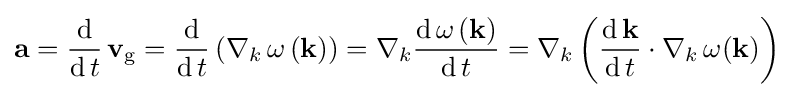
\mathbf {a} ={\frac {\operatorname {d} }{\operatorname {d} t}}\,\mathbf {v} _{\text{g}}={\frac {\operatorname {d} }{\operatorname {d} t}}\left(\nabla _{k}\,\omega \left(\mathbf {k} \right)\right)=\nabla _{k}{\frac {\operatorname {d} \omega \left(\mathbf {k} \right)}{\operatorname {d} t}}=\nabla _{k}\left({\frac {\operatorname {d} \mathbf {k} }{\operatorname {d} t}}\cdot \nabla _{k}\,\omega (\mathbf {k} )\right)